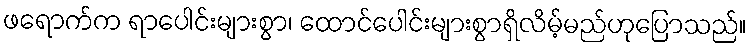
ဖရောက်က ရာပေါင်းများစွာ၊ ထောင်ပေါင်းများစွာရှိလိမ့်မည်ဟုပြောသည်။